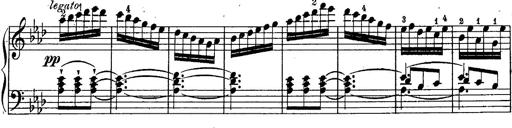
Title: Schubert's Impromptus [revised and edited by Franz Liszt]
Composer: Franz Liszt